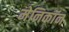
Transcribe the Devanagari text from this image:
मेनिकॉन